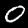
Digit: 0